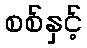
စစ်နှင့်